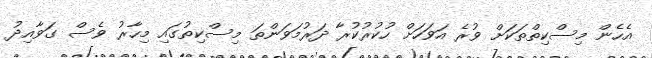
އެހެން މިސްކިތްތަކަށް ވުރެ އަވަހަށް ހުކުރުކުރާ ދަރުމަވަންތަ މިސްކިތުގައި މިހާރު ވެސް ގަވާއިދު